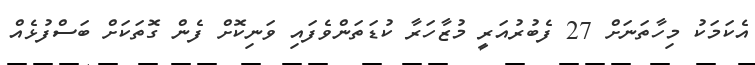
އެކަމަކު މިހާތަނަށް 27 ފެބުރުއަރީ މުޒާހަރާ ކުޑަތަންވެފައި ވަނިކޮށް ފެން ގޮތަކަށް ބަސްފުޅެއް